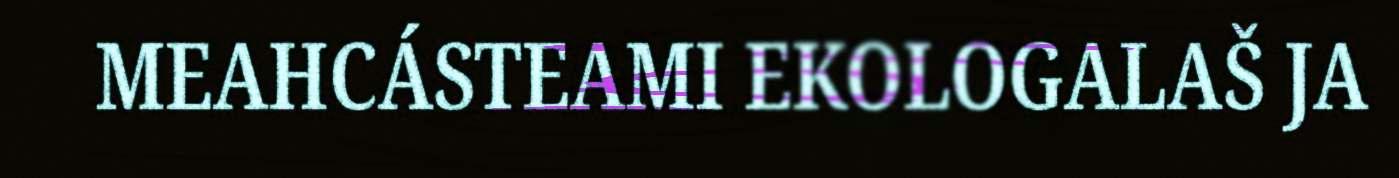
MEAHCÁSTEAMI EKOLOGALAŠ JA